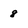
Character: 8